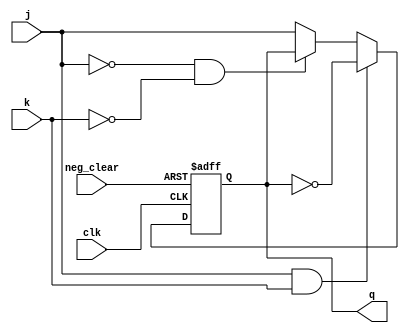
`ifndef JK_FLIP_FLOP_V
`define JK_FLIP_FLOP_V

module jk_flip_flop (
    input wire j,
    input wire k,
    input wire clk,
    input wire neg_clear,
    output reg q
);
initial begin
    q = 1'b0;
end

always @(negedge clk or negedge neg_clear) begin
    if (neg_clear == 0) begin
        q <= 1'b0;
    end else if ((j==1) && (k == 1)) begin
        q <= ~q;
    end else if ( (j==0) && (k == 0)) begin
        q <= q;
    end else begin
        q <= j;
    end
end

endmodule

`endif